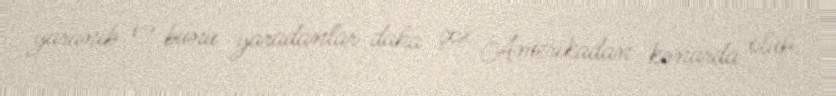
yaranıb və bunu yaradanlar daha çox Amerikadan kənarda olub.